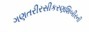
ગણતરીરસીકરણશિબીરની